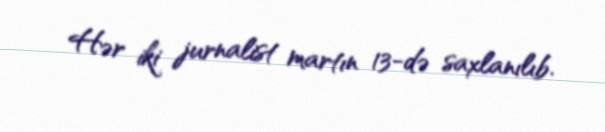
Hər iki jurnalist martın 13-də saxlanılıb.